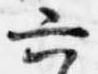
六